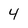
Character: 4